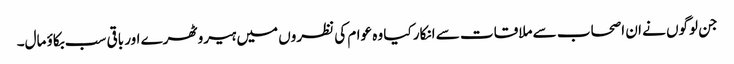
جن لوگوں نے ان اصحاب سے ملاقات سے انکار کیا وہ عوام کی نظروں میں ہیرو ٹھرے اور باقی سب بکاؤ مال۔